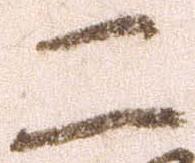
二